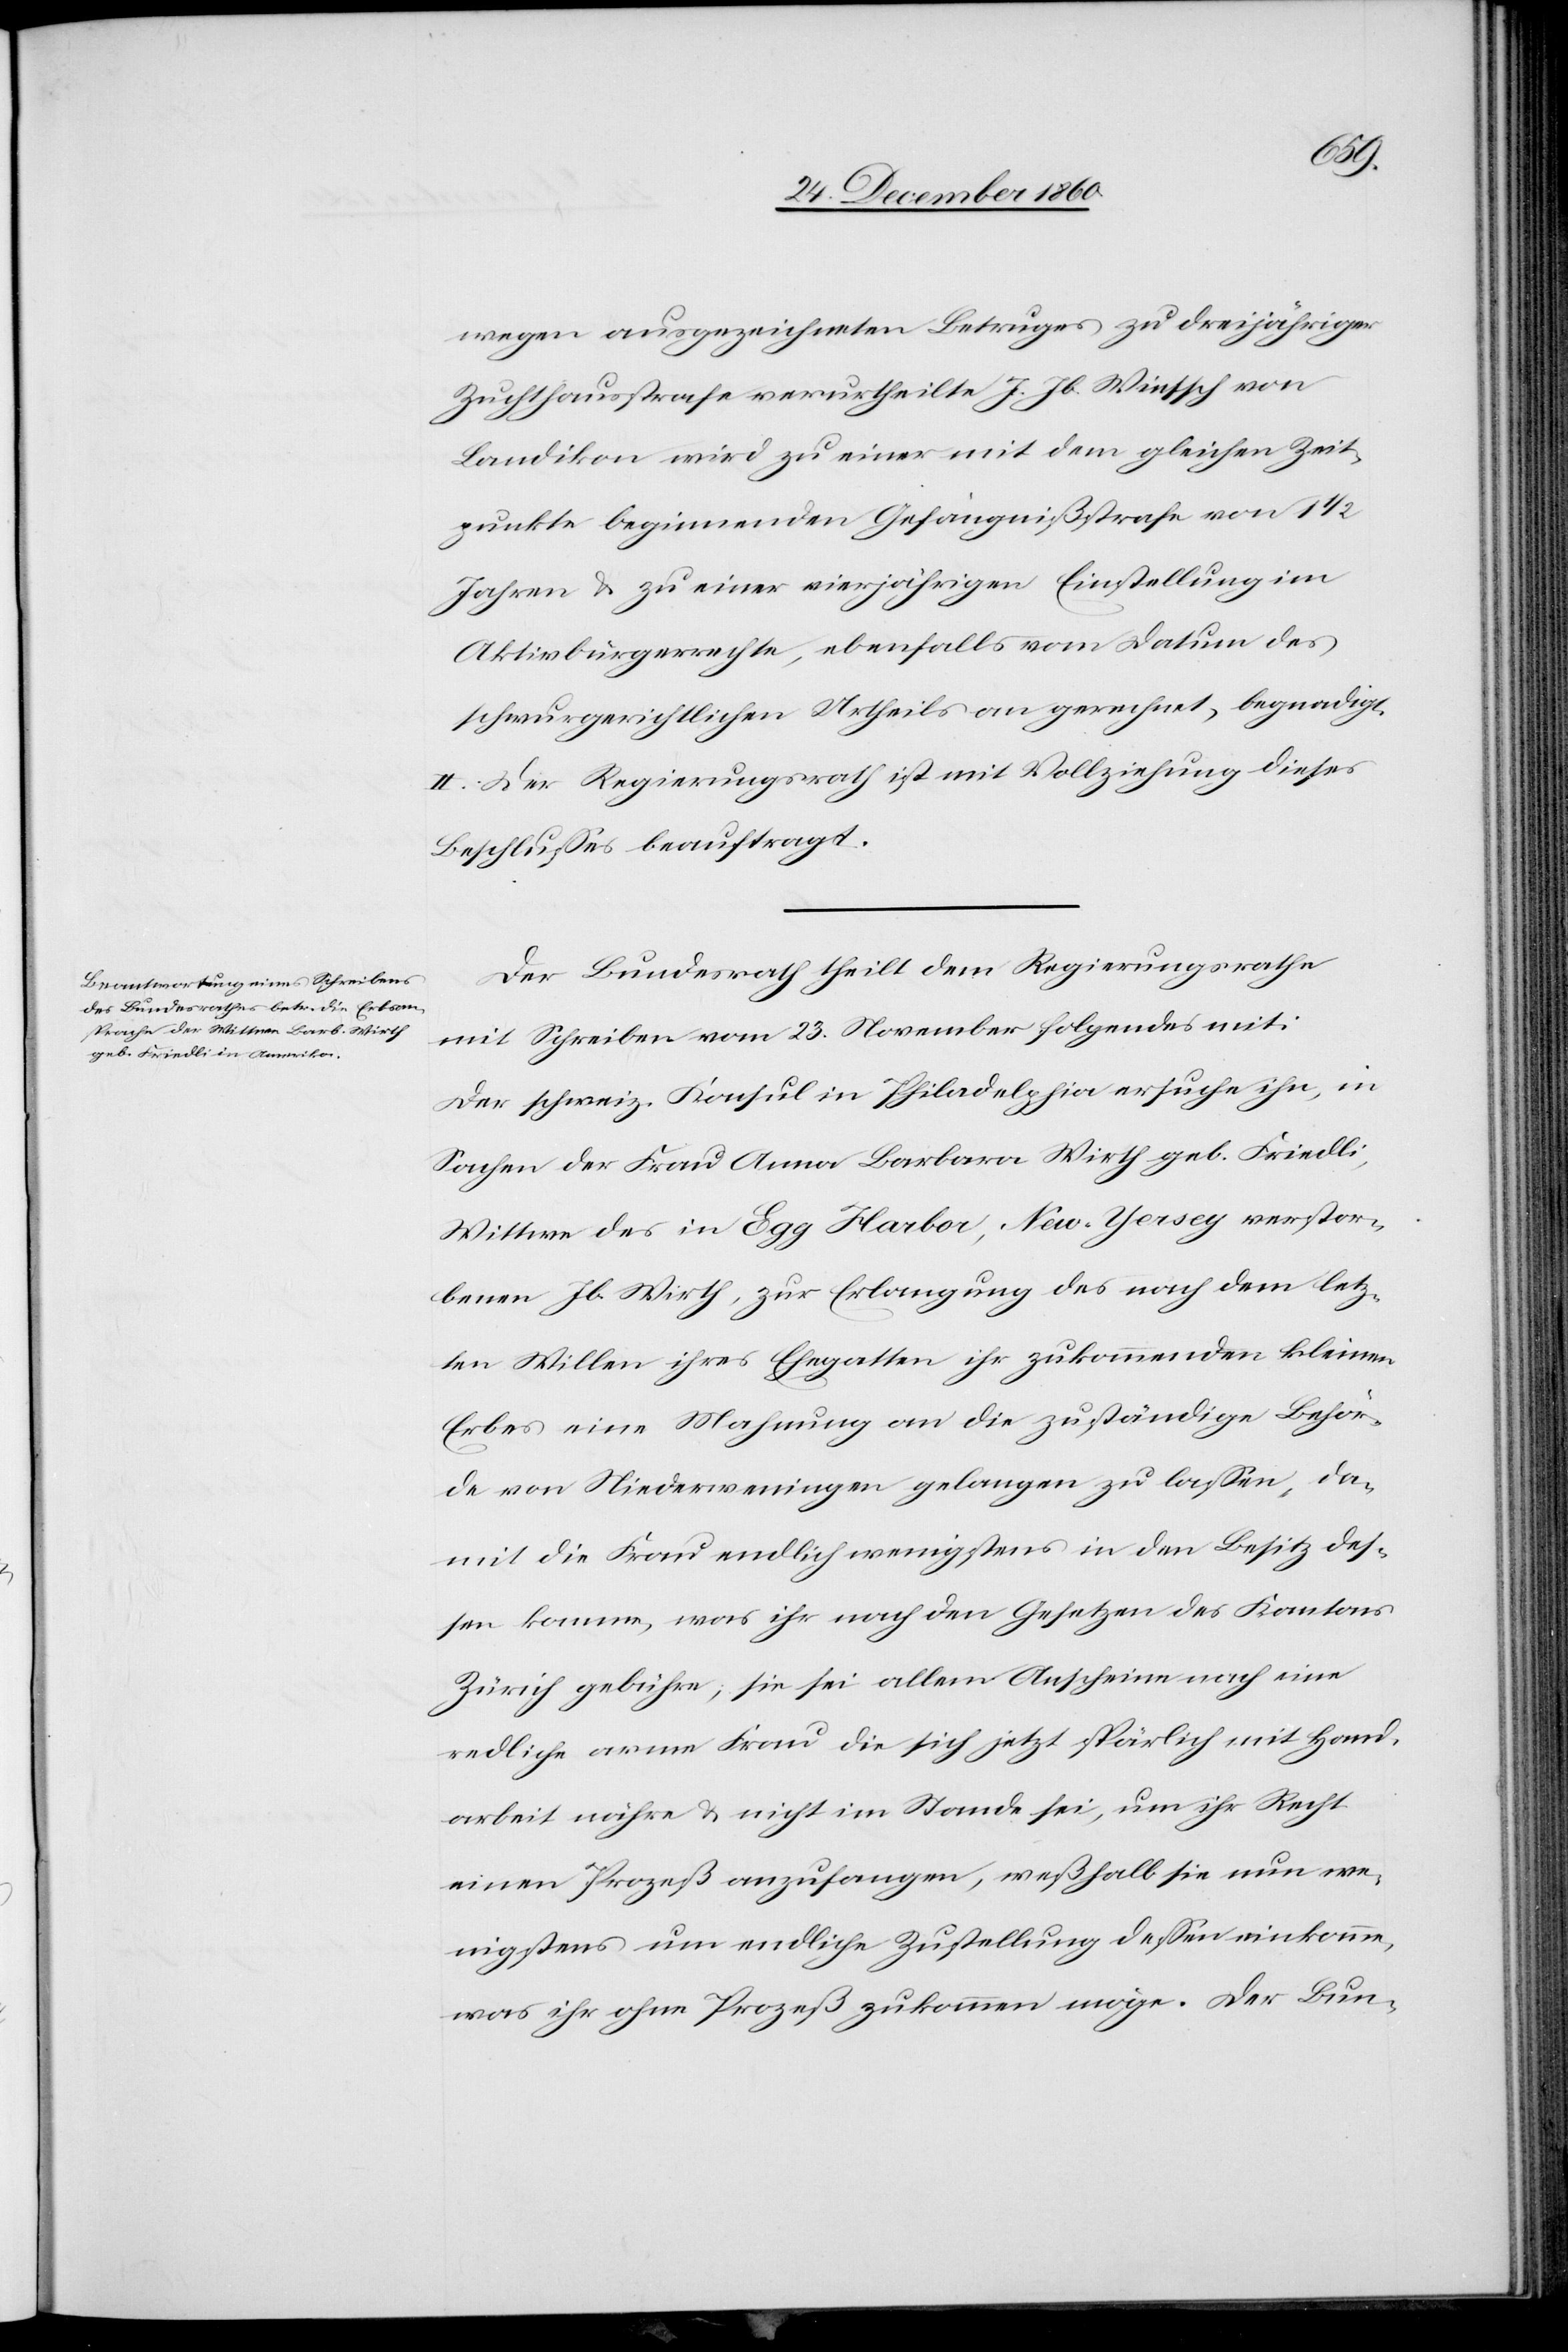
wegen ausgezeichneten Betruges zu dreijähriger
Zuchthausstrafe verurtheilte J. Jb. Wintsch von
Landikon wird zu einer mit dem gleichen Zeit¬
punkte beginnenden Gefängnißstrafe von 1
Jahren u. zu einer vierjährigen Einstellung im
Aktivbürgerrechte, ebenfalls vom Datum des
schwurgerichtlichen Urtheils an gerechnet, begnadigt.
II. Der Regierungsrath ist mit Vollziehung dieses
Beschlusses beauftragt.[“]
Der Bundesrath theilt dem Regierungsrathe
mit Schreiben vom 23. November folgendes mit:
Der schweiz. Konsul in Philadelphia ersuche ihn, in
Sachen der Frau Anna Barbara Wirth geb. Friedli,
Wittwe des in Egg Harbor, New-Yersey verstor¬
benen Jb. Wirth, zur Erlangung des nach dem letz¬
ten Willen ihres Ehegatten ihr zukommenden kleinen
Erbes eine Mahnung an die zuständige Behör¬
de von Niederweningen gelangen zu lassen, da¬
mit die Frau endlich wenigstens in den Besitz des¬
sen komme, was ihr nach den Gesetzen des Kantons
Zürich gebühre; sie sei allem Anschein nach eine
endliche arme Frau die sich jetzt spärlich mit Hand¬
arbeit nähre u. nicht im Stande sei, um ihr Recht
einen Prozeß anzufangen, weßhalb sie nun we¬
nigstens um endliche Zustellung dessen einkomme,
was ihr ohne Prozeß zukommen möge. Der Bun-